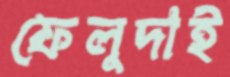
ফেলুদাই